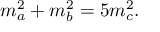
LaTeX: m _ { a } ^ { 2 } + m _ { b } ^ { 2 } = 5 m _ { c } ^ { 2 } .